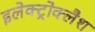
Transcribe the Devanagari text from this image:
इलेक्ट्रोक्लैश